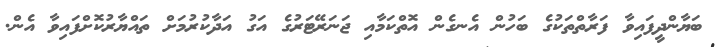
ބަޔާންދީފައިވާ ފަރާތްތަކުގެ ބަހުން އެނގެން އޮތްކަމާއި ޖަނަރޭޓަރުގެ އަގު އަދާކުރުމަށް ތައްޔާރުކޮށްފައިވާ އެން.